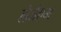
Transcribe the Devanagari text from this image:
लेजेएम